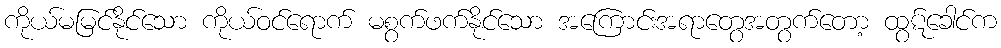
ကိုယ်မမြင်နိုင်သော ကိုယ်ဝင်ရောက် မစွက်ဖက်နိုင်သော အကြောင်းအရာတွေအတွက်တော့ ထွဋ်ခေါင်က